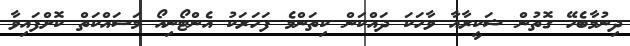
ދިނުމާބެހޭ ގޮތުން ޝަކީރާއާ ވާހަކަ ދައްކަން ކިތަންމެ ފަހަރަކު އެންޓޯނިއޯ މަސައްކަތް ކޮށްފައިވާ